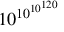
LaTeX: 1 0 ^ { 1 0 ^ { 1 0 ^ { 1 2 0 } } }